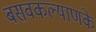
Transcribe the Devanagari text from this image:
बसवकल्याणके